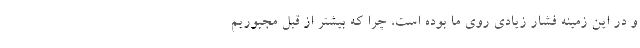
و در این زمینه فشار زیادی روی ما بوده است، چرا که بیشتر از قبل مجبوریم